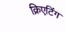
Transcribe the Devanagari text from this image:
क्रिएटिंग